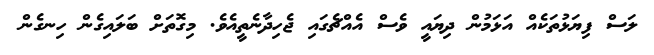
ލަސް ފިޔަޅުތަކެއް އަޅަމުން ދިޔައީ ވެސް އެއްޗެގައި ޖެހިދާނެތީއެވެ. މިގޮތަށް ބަލައިގެން ހިނގެން